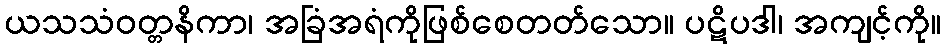
ယသသံဝတ္တနိကာ၊ အခြံအရံကိုဖြစ်စေတတ်သော။ ပဋိပဒါ၊ အကျင့်ကို။